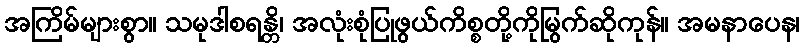
အကြိမ်များစွာ။ သမုဒါစရန္တိ၊ အလုံးစုံပြုဖွယ်ကိစ္စတို့ကိုမြွက်ဆိုကုန်။ အမနာပေန၊